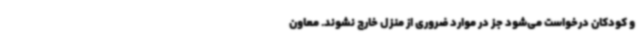
و کودکان درخواست می‌شود جز در موارد ضروری از منزل خارج نشوند. معاون